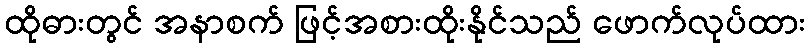
ထိုဓားတွင် အနာစက် ဖြင့်အစားထိုးနိုင်သည် ဖောက်လုပ်ထား